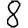
Digit: 8